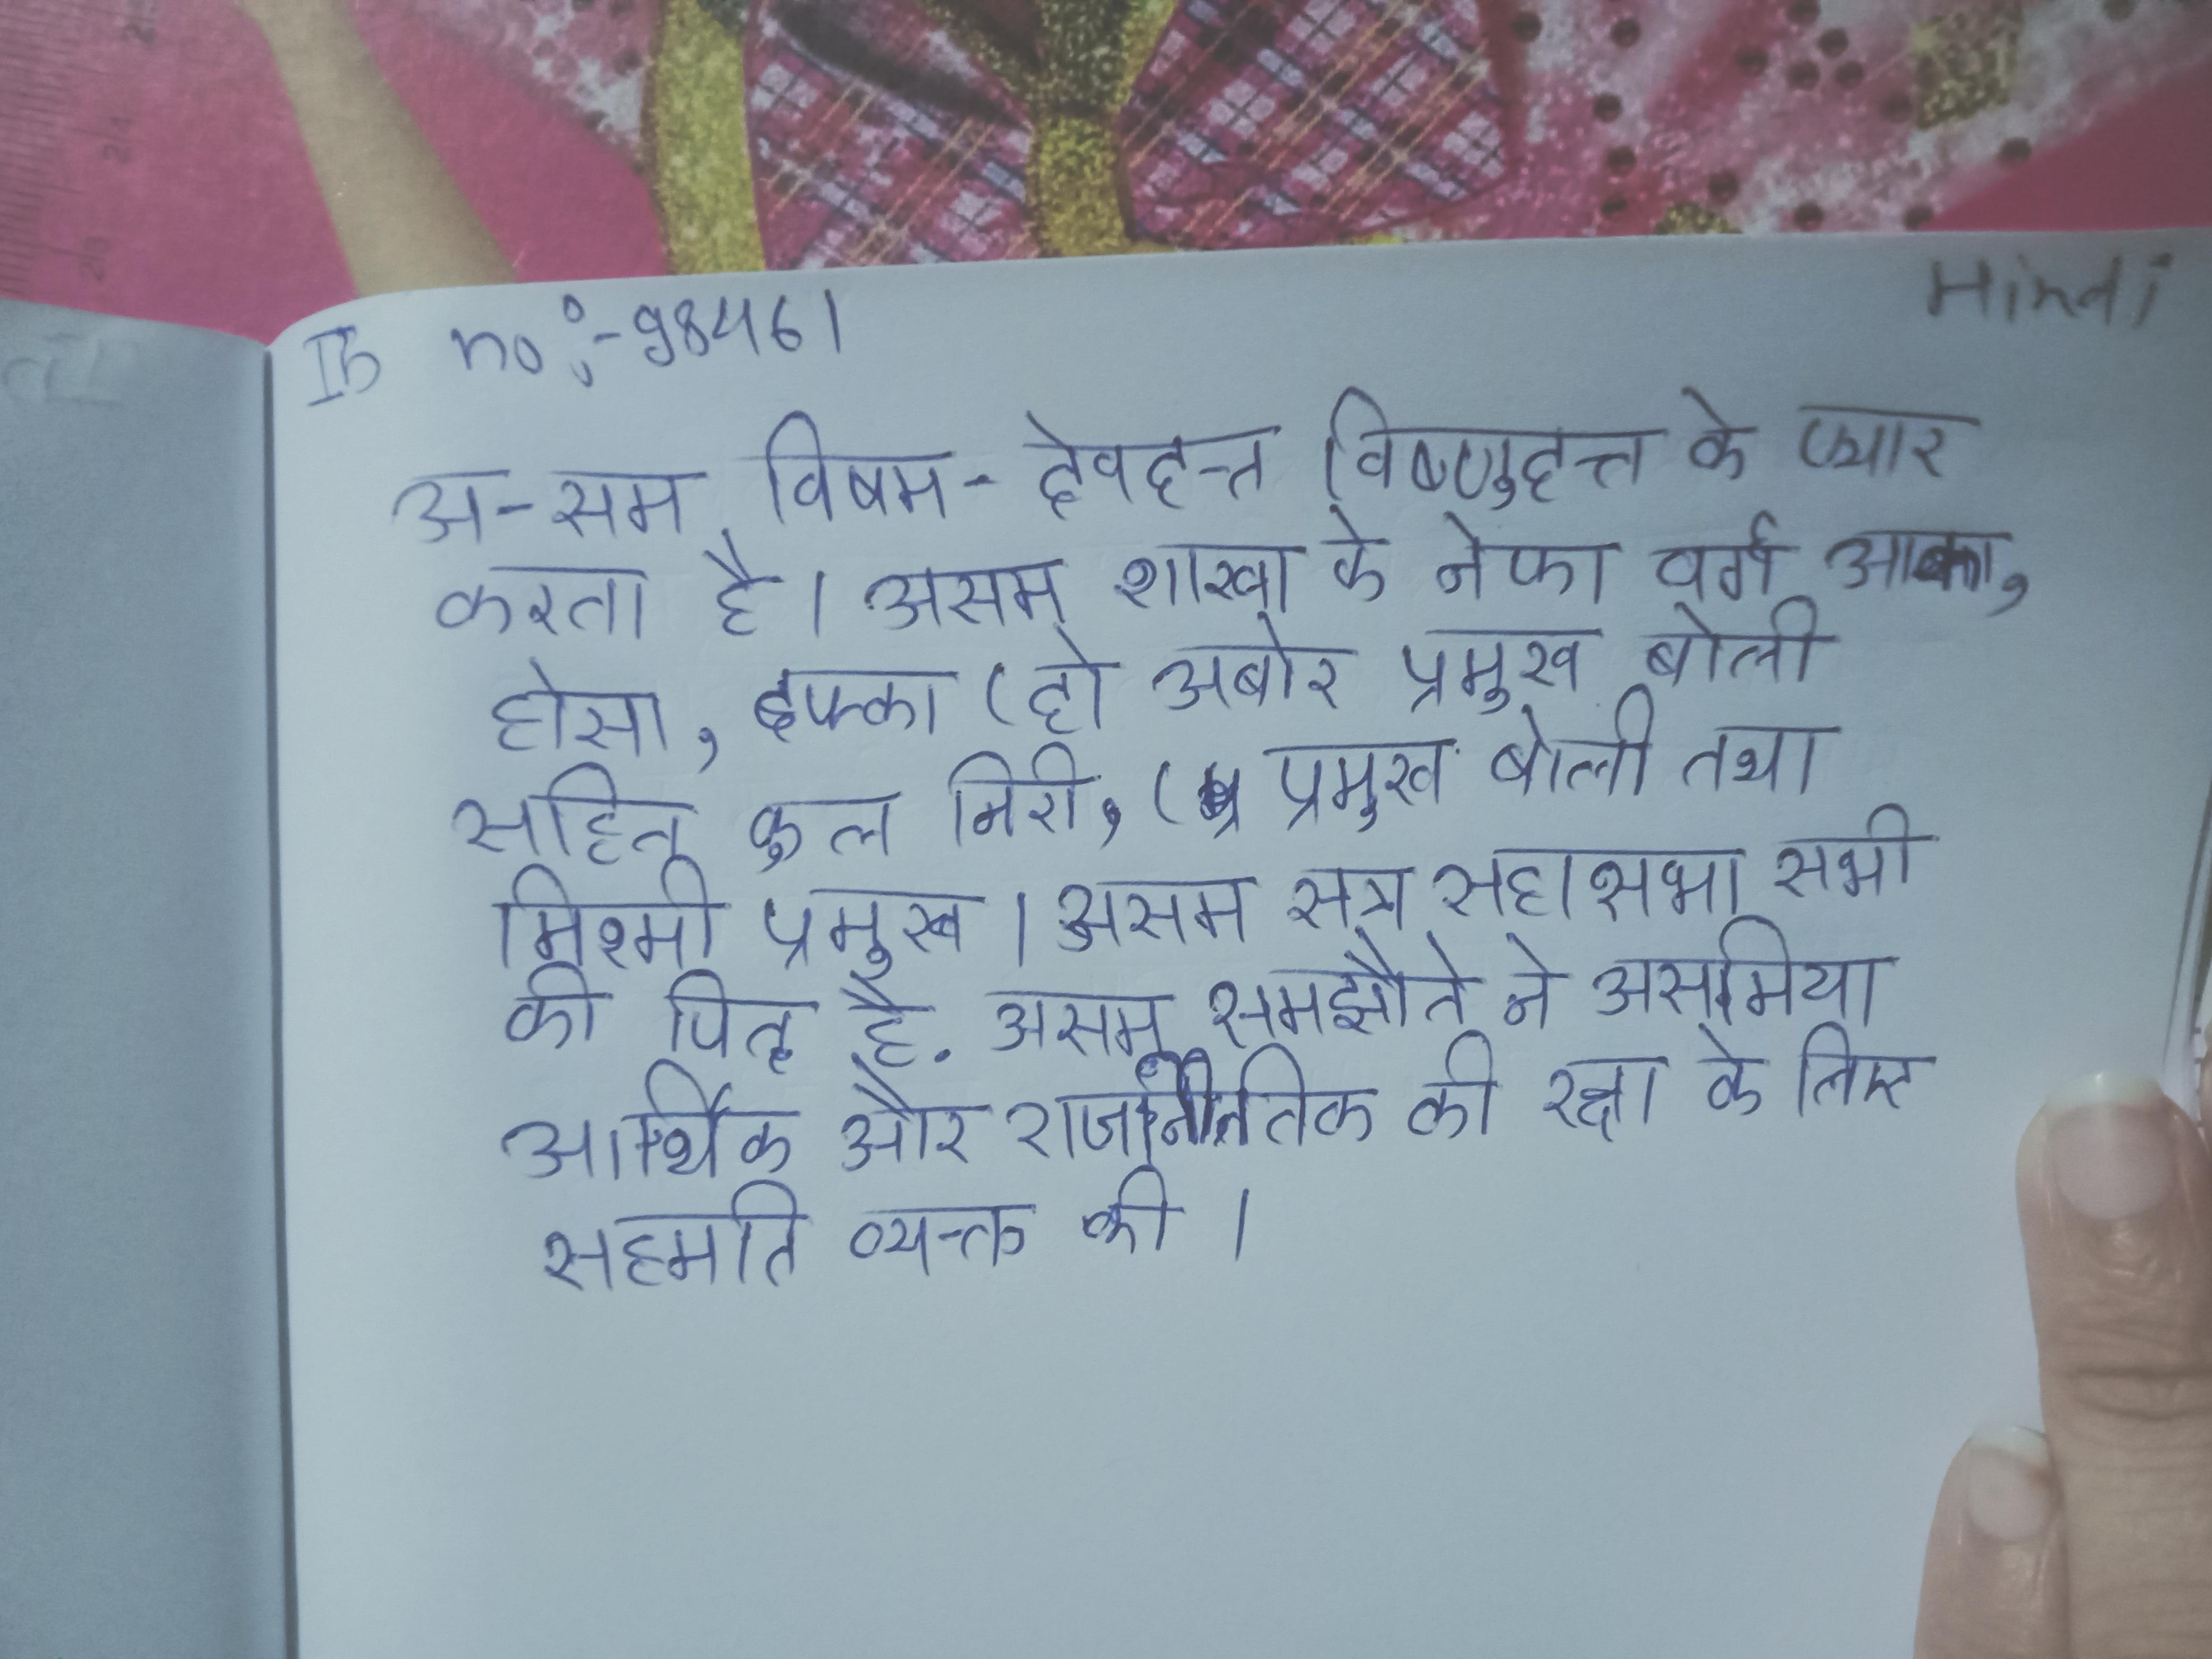
अ-सम विषम- देवदत्त विष्णुदत्त को प्यार करता है । असम शाखा के नेफा वर्ग आका, हासो, दफ्का (दो अबोर प्रमुख बोली सहित कुल मीरी, (प्रमुख बोली तथा मिश्मी प्रमुख । असम सत्र महासभा सभी की पितृ है . असम समझौते ने असमिया आर्थिक और राजनीतिक की रक्षा के लिए सहमति व्यक्त की ।